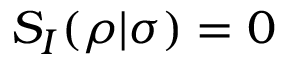
S _ { I } ( \rho | \sigma ) = 0